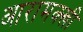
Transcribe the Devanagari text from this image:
आरामक्खी